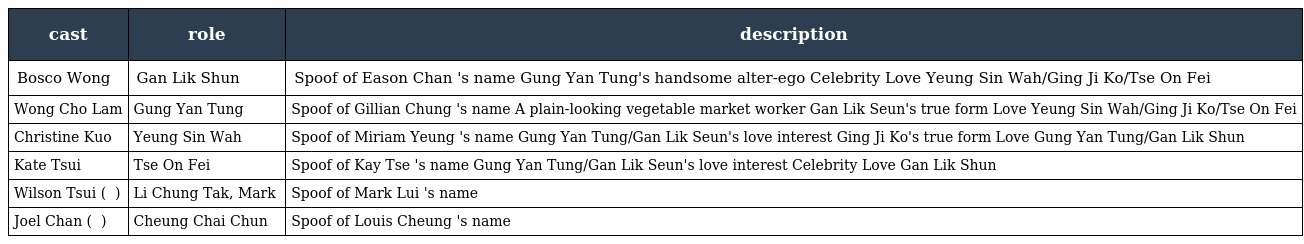
| cast | role | description |
 | --- | --- | --- |
 | Bosco Wong | Gan Lik Shun 廑力信 | Spoof of Eason Chan 's name Gung Yan Tung's handsome alter-ego Celebrity Love Yeung Sin Wah/Ging Ji Ko/Tse On Fei |
 | Wong Cho Lam | Gung Yan Tung 恭因銅 | Spoof of Gillian Chung 's name A plain-looking vegetable market worker Gan Lik Seun's true form Love Yeung Sin Wah/Ging Ji Ko/Tse On Fei |
 | Christine Kuo | Yeung Sin Wah 楊仙嬅 | Spoof of Miriam Yeung 's name Gung Yan Tung/Gan Lik Seun's love interest Ging Ji Ko's true form Love Gung Yan Tung/Gan Lik Shun |
 | Kate Tsui | Tse On Fei 謝安腓 | Spoof of Kay Tse 's name Gung Yan Tung/Gan Lik Seun's love interest Celebrity Love Gan Lik Shun |
 | Wilson Tsui ( 艾威 ) | Li Chung Tak, Mark 李仲德 | Spoof of Mark Lui 's name |
 | Joel Chan ( 陳山蔥 ) | Cheung Chai Chun 張濟春 | Spoof of Louis Cheung 's name |